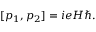
[ p _ { 1 } , p _ { 2 } ] = i e H \hbar .